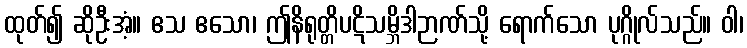
ထုတ်၍ ဆိုဦးအံ့။ ဧသ ဧသော၊ ဤနိရုတ္တိပဋိသမ္ဘိဒါဉာဏ်သို့ ရောက်သော ပုဂ္ဂိုလ်သည်။ ဝါ၊